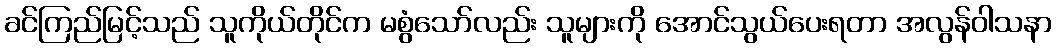
ခင်ကြည်မြင့်သည် သူကိုယ်တိုင်က မစွံသော်လည်း သူများကို အောင်သွယ်ပေးရတာ အလွန်ဝါသနာ